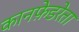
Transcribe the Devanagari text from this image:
कानफ़ेडरेता